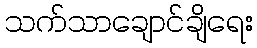
သက်သာချောင်ချိရေး